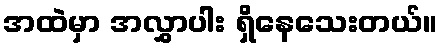
အထဲမှာ အလွှာပါး ရှိနေသေးတယ်။